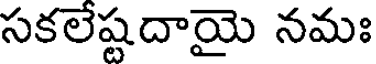
సకలేష్టదాయై నమః